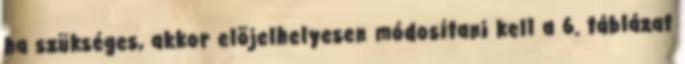
ha szükséges, akkor elõjelhelyesen módosítani kell a 6. táblázat